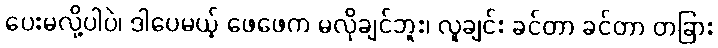
ပေးမလို့ပါပဲ၊ ဒါပေမယ့် ဖေဖေက မလိုချင်ဘူး၊ လူချင်း ခင်တာ ခင်တာ တခြား